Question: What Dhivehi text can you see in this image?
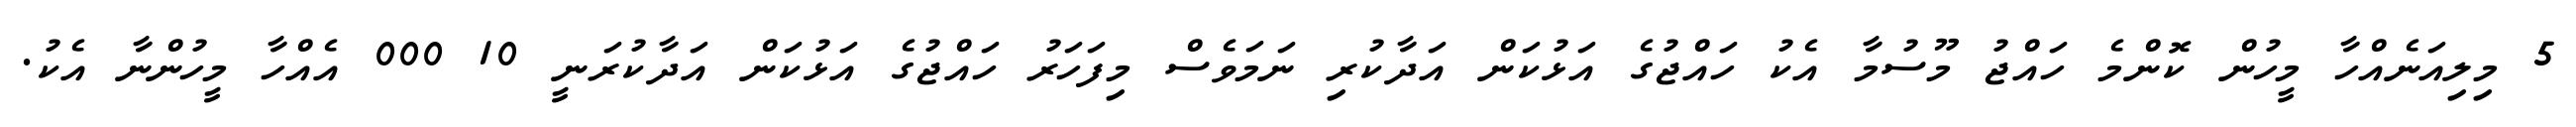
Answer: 5 މިލިއަނެއްހާ މީހުން ކޮންމެ ހައްޖު މޫސުމާ އެކު ހައްޖުގެ އަޅުކަން އަދާކުރި ނަމަވެސް މިފަހަރު ހައްޖުގެ އަޅުކަން އަދާކުރަނީ 10 000 އެއްހާ މީހުންނާ އެކު.